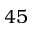
4 5